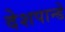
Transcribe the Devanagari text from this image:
देशपान्डे